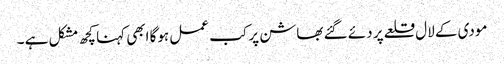
مودی کے لال قلعے پر دئے گئے بھاشن پر کب عمل ہوگا ابھی کہنا کچھ مشکل ہے ۔